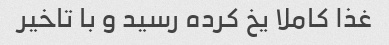
غذا کاملا یخ کرده رسید و‌ با تاخیر